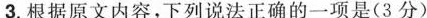
3.跟据原文内容，下列说法不正确的一项是（3分）